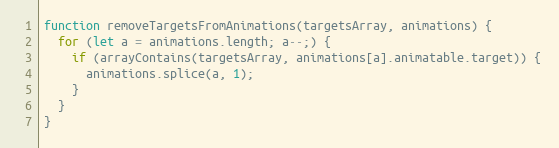
Language: JavaScript
function removeTargetsFromAnimations(targetsArray, animations) {
  for (let a = animations.length; a--;) {
    if (arrayContains(targetsArray, animations[a].animatable.target)) {
      animations.splice(a, 1);
    }
  }
}